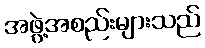
အဖွဲ့အစည်းများသည်